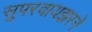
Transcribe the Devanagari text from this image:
सुपरवायझरने